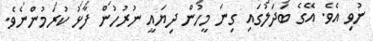
ނުވި އެވެ. އޭގެ ބަދަލުގައި ގިނަ މީހުން ދިޔައީ ނުރުހުން ފާޅު ކުރަމުންނެވެ.